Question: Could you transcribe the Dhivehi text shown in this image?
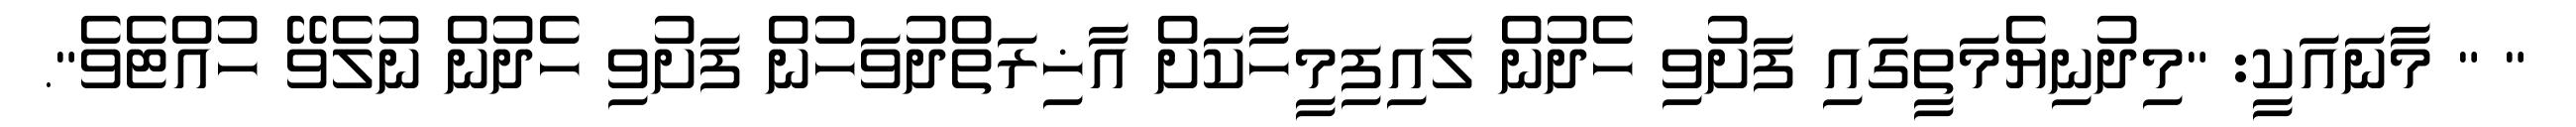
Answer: " " މާނައަކީ: "މިދުނިޔެމަތީގައި ފަށުވި ހެދުން ލައިފިމީހާކަށް އާޚިރަތްދުވަހުން ފަށުވި ހެދުން ނުލެވޭ ހުއްޓެވެ".